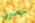
حصولي